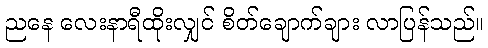
ညနေ လေးနာရီထိုးလျှင် စိတ်ချောက်ချား လာပြန်သည်။